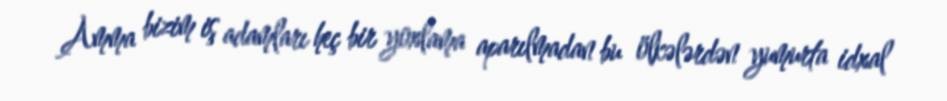
Amma bizim iş adamları heç bir yoxlama aparılmadan bu ölkələrdən yumurta idxal